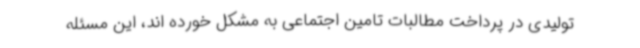
تولیدی در پرداخت مطالبات تامین اجتماعی به مشکل خورده اند، این مسئله